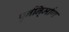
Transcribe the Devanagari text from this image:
पुर्ननि्र्माण